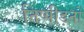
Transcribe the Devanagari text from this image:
निष्पीड़नों